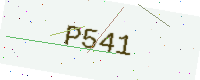
Text: P541